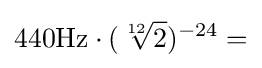
440{\rm {{Hz}\cdot ({\sqrt[{12}]{2}})^{-24}=}}